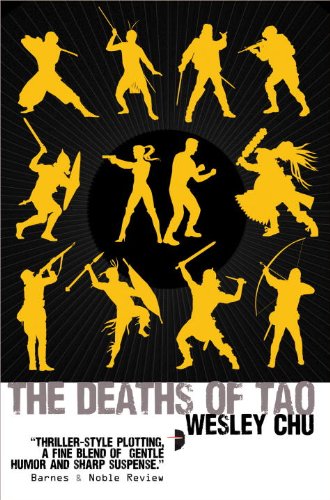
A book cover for The Deaths of Tao: Tao Series Book Two; Wesley Chu; Romance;